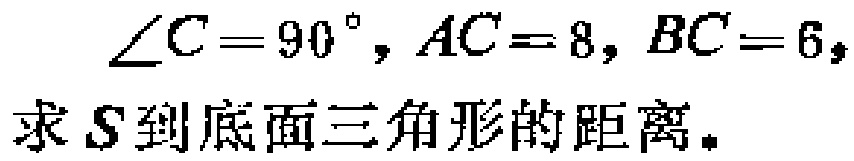
\(\angle C = 90^{\circ}, AC = 8, BC = 6,\)
求\(S\)到底面三角形的距离。